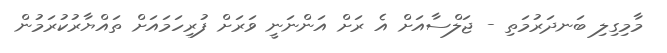
މާމިގިލި ބަނދަރުމަތި - ޖަލްސާއަށް އެ ރަށް އަންނަނީ ވަރަށް ފުރިހަމައަށް ތައްޔާރުކުރަމުން